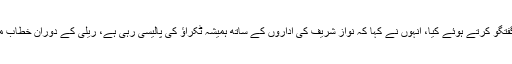
ان خیالات کا اظہار انہوں نے لاہور میں میڈیا سے گفتگو کرتے ہوئے کیا، انہوں نے کہا کہ نواز شریف کی اداروں کے ساتھ ہمیشہ ٹکراؤ کی پالیسی رہی ہے، ریلی کے دوران خطاب میں عوام کو عدلیہ اور فوج کیخلاف اکسایا جارہا ہے۔